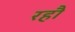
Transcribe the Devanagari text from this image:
रहौ